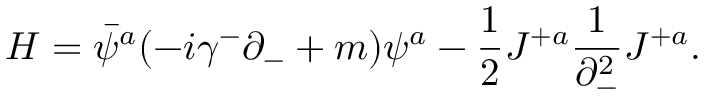
{ \cal H } = \bar { \psi } ^ { a } ( - i \gamma ^ { - } \partial _ { - } + m ) \psi ^ { a } - { \frac { 1 } { 2 } } J ^ { + a } { \frac { 1 } { \partial _ { - } ^ { 2 } } } J ^ { + a } .